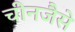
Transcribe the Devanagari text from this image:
चीनजैसे